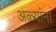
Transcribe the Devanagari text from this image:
अळ्यांना